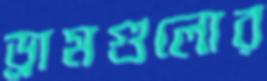
ড্রামগুলোর